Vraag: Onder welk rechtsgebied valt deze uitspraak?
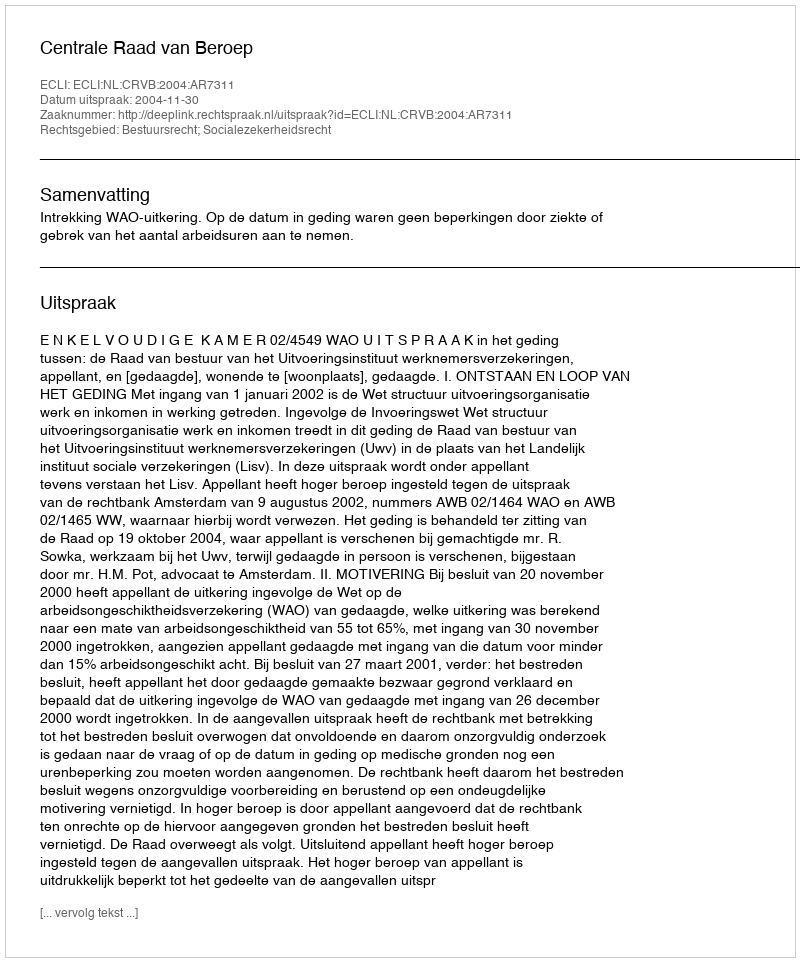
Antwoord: Bestuursrecht; Socialezekerheidsrecht